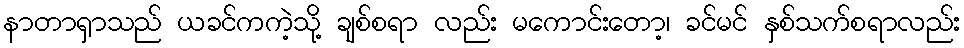
နာတာရှာသည် ယခင်ကကဲ့သို့ ချစ်စရာ လည်း မကောင်းတော့၊ ခင်မင် နှစ်သက်စရာလည်း